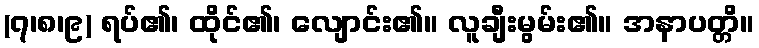
(၇၊၈၊၉) ရပ်၏၊ ထိုင်၏၊ လျောင်း၏။ လူချီးမွမ်း၏။ အနာပတ္တိ။